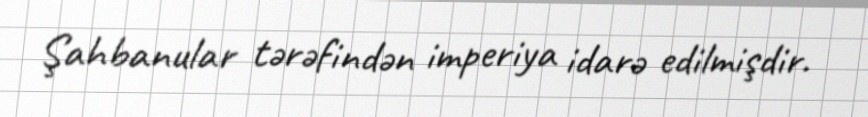
Şahbanular tərəfindən imperiya idarə edilmişdir.